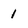
Character: 1